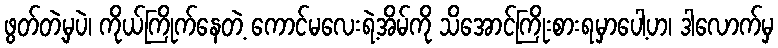
ဖွတ်တဲ့မှပဲ၊ ကိုယ်ကြိုက်နေတဲ့ ကောင်မလေးရဲ့အိမ်ကို သိအောင်ကြိုးစားရမှာပေါ့ဟ၊ ဒါလောက်မှ